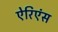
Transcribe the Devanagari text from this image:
ऐरिएंस